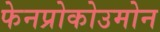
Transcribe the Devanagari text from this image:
फेनप्रोकोउमोन